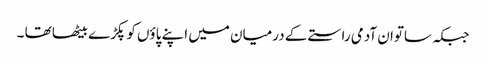
جبکہ ساتوان آدمی راستے کے درمیان میں اپنے پاؤں کو پکڑے بیٹھا تھا ۔